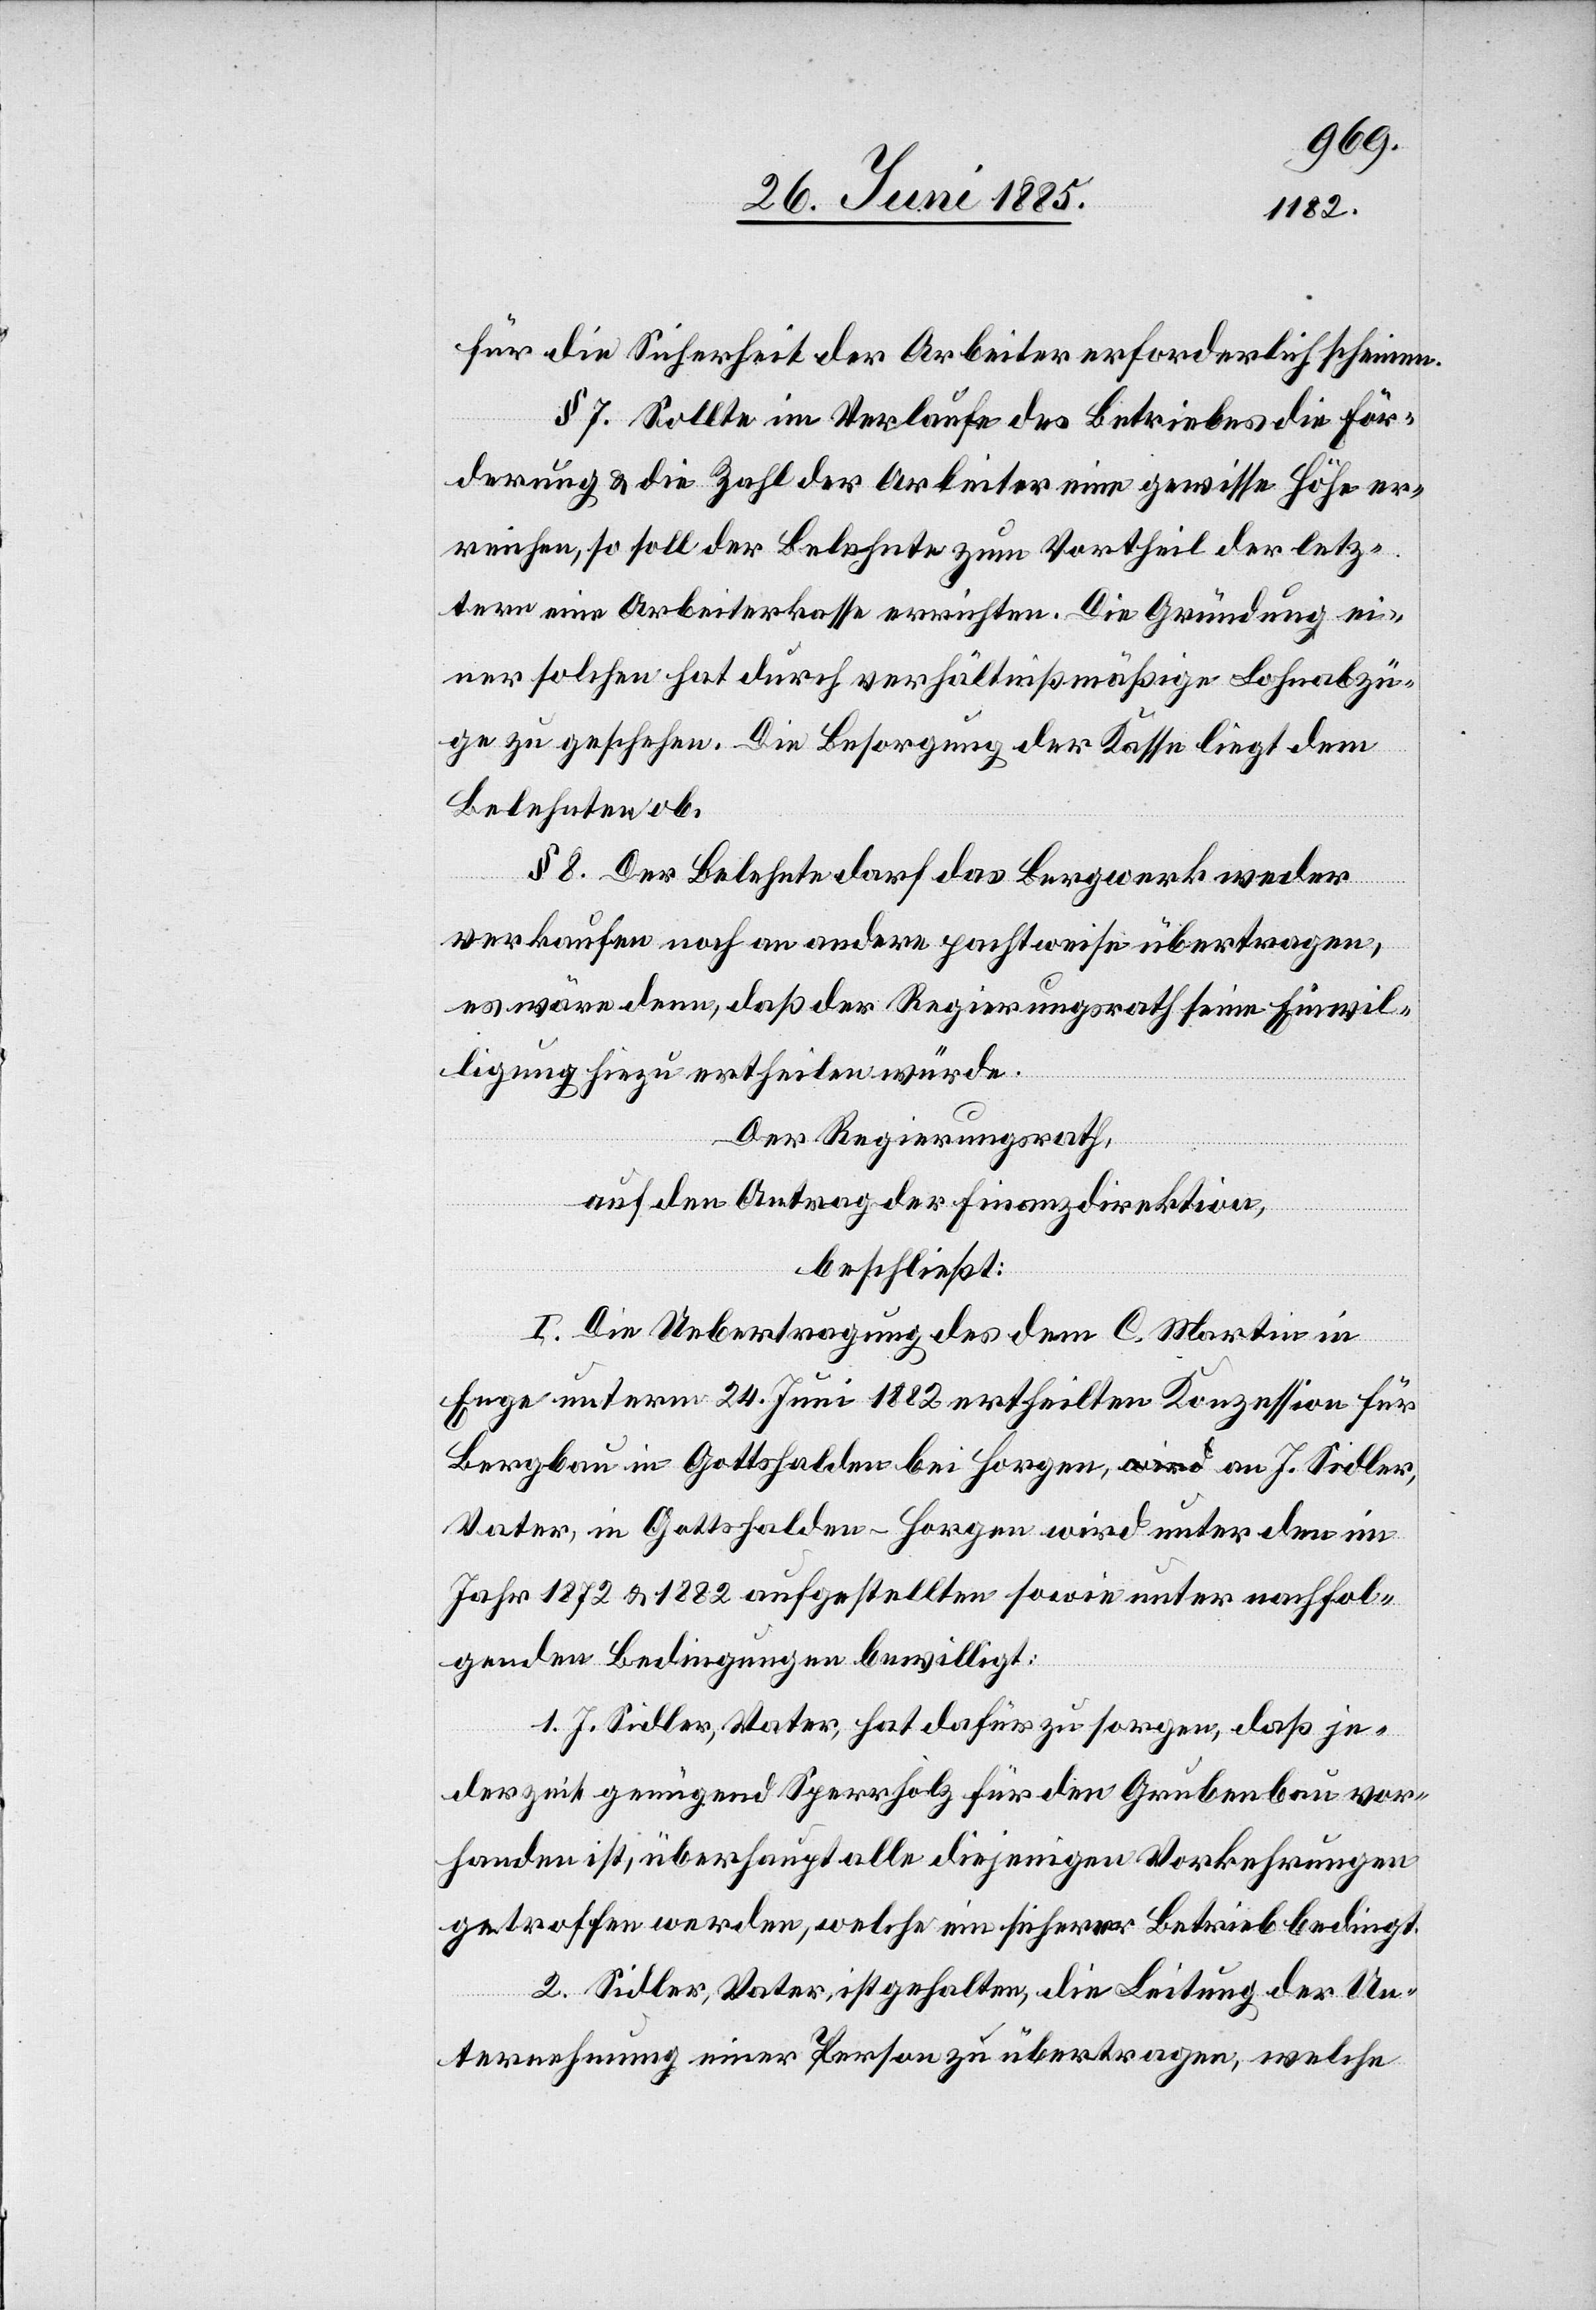
für die Sicherheit der Arbeiter erforderlich scheinen.
§ 7. Sollte im Verlaufe des Betriebes die För¬
derung & die Zahl der Arbeiter eine gewisse Höhe er¬
reichen, so soll der Belehnte zum Vortheil der letz¬
tern eine Arbeiterkasse errichten. Die Gründung ei¬
ner solchen hat durch verhältnißmäßige Lohnabzü¬
ge zu geschehen. Die Besorgung der Kasse liegt dem
Belehnten ob.
§ 8. Der Belehnte darf das Bergwerk weder
verkaufen noch an andere pachtweise übertragen,
es wäre denn, daß der Regierungsrath seine Einwil¬
ligung hiezu ertheilen würde.
Der Regierungsrath,
auf den Antrag der Finanzdirektion,
beschließt:
I. Die Uebertragung des dem C. Martin in
Enge unterm 24. Juni 1882 ertheilten Konzession für
Bergbau in Gottsfelden bei Horgen, an J. Sidler,
Vater, in Gottsfelden - Horgen wird unter den im
Jahr 1872 & 1882 aufgestellten sowie unter nachfol¬
genden Bedingungen bewilligt:
1. J. Sidler, Vater, hat dafür zu sorgen, daß je¬
derzeit genügend Sperrholz für den Grubenbau vor¬
handen ist, überhaupt alle diejenigen Vorkehrungen
getroffen werden, welche ein sicherer Betrieb bedingt.
2. Sidler, Vater, ist gehalten, die Leitung der Un¬
ternehmung einer Person zu übertragen, welche